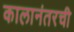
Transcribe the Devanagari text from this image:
कालानंतरची